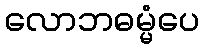
လောဘဓမ္မံပေ